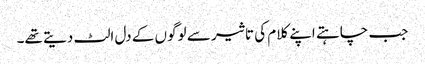
جب چاہتے اپنے کلام کی تاثیر سے لوگوں کے دل الٹ دیتے تھے۔